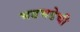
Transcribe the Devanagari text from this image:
भडभडेची